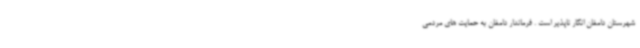
شهرستان دامغان انکار ناپذیر است . فرماندار دامغان به حمایت های مردمی